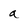
Character: a